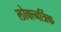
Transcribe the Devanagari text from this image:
लोक्त्नर्त्रिक